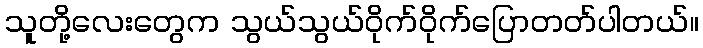
သူတို့လေးတွေက သွယ်သွယ်ဝိုက်ဝိုက်ပြောတတ်ပါတယ်။